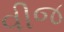
વીજ